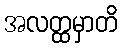
အလတ္ထမှာတိ